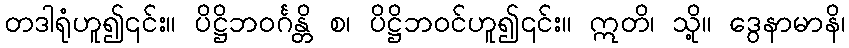
တဒါရုံဟူ၍၎င်း။ ပိဋ္ဌိဘဝင်္ဂန္တိ စ၊ ပိဋ္ဌိဘဝင်ဟူ၍၎င်း။ ဣတိ၊ သို့။ ဒွေနာမာနိ၊